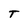
Character: T